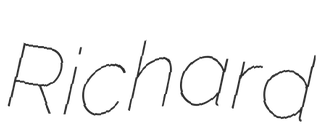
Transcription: Richard